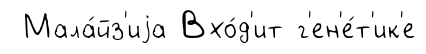
Мала́йз'иjа Вхо́д'ит г'ен'е́т'ик'е